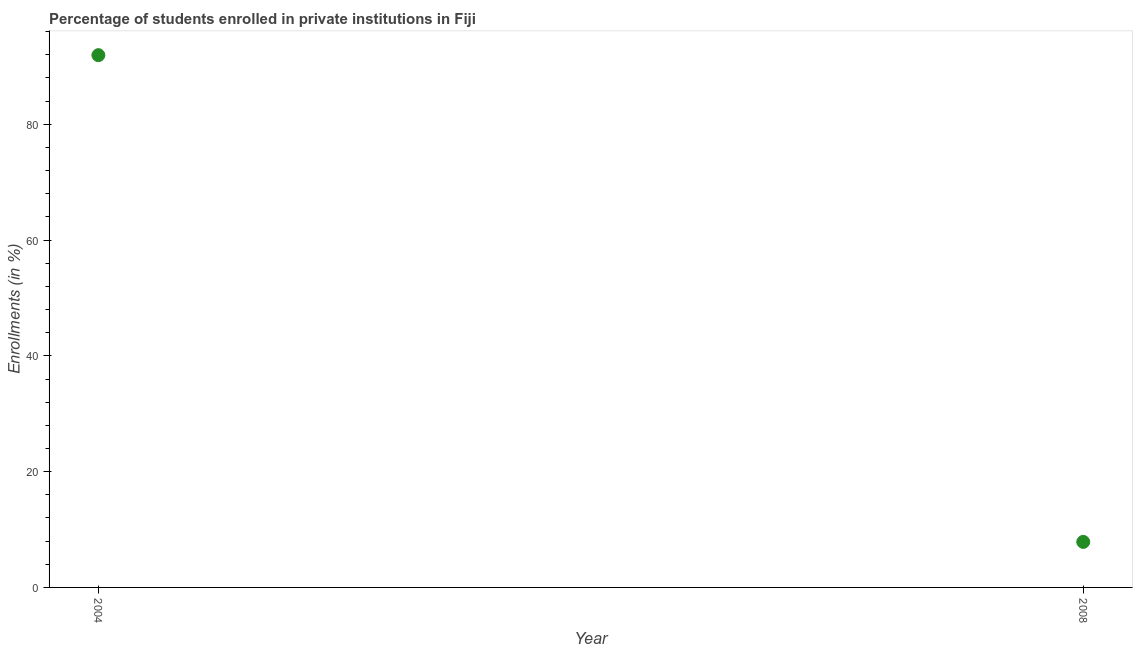
| Year | Enrollments |
 | --- | --- |
 | 2004 | 91.9 |
 | 2008 | 7.87 |